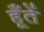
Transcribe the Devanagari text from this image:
हूँतें